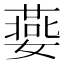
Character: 嬊